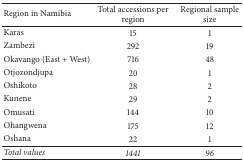
<table><thead><tr><td><b>Region in Namibia</b></td><td><b>Total accessions per region</b></td><td><b>Regional sample size</b></td></tr></thead><tbody><tr><td>Karas</td><td>15</td><td>1</td></tr><tr><td>Zambezi</td><td>292</td><td>19</td></tr><tr><td>Okavango (East + West)</td><td>716</td><td>48</td></tr><tr><td>Otjozondjupa</td><td>20</td><td>1</td></tr><tr><td>Oshikoto</td><td>28</td><td>2</td></tr><tr><td>Kunene</td><td>29</td><td>2</td></tr><tr><td>Omusati</td><td>144</td><td>10</td></tr><tr><td>Ohangwena</td><td>175</td><td>12</td></tr><tr><td>Oshana</td><td>22</td><td>1</td></tr><tr><td><i>Total values</i></td><td><i>1441</i></td><td><i>96</i></td></tr></tbody></table>